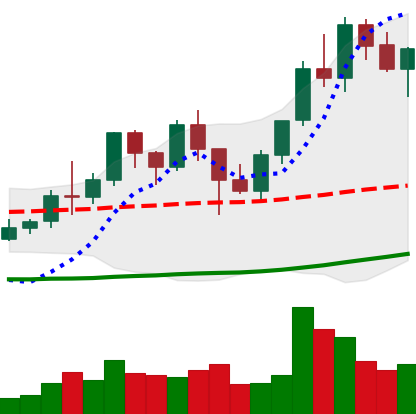
Ticker: LINK-USD
Chart end date: 2021-01-20
Forward return: 7.751%
Label: up_7plus